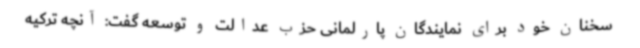
سخنان خود برای نمایندگان پارلمانی حزب عدالت و توسعه گفت: آنچه ترکیه